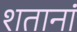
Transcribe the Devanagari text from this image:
शतानां